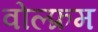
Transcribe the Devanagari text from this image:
वोल्फ्रम